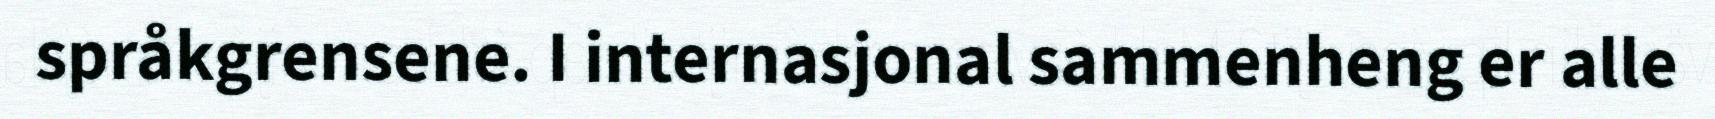
språkgrensene. I internasjonal sammenheng er alle